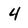
Character: 4